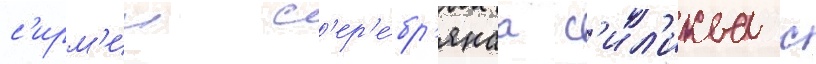
с'ирм'ии с'ер'е́бр'янаа с'ил'иква с